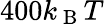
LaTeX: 400k_{\mathrm{~B~}}T